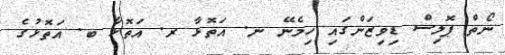
ނޯތް ޕޮލިސް ޑިވިޒަންގައި ހިމެނޭ ނ. އަތޮޅާ ރ. އަތޮޅާ ބ. އަތޮޅުގެ